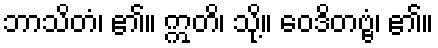
ဘာသိတံ၊ ၏။ ဣတိ၊ သို့။ ဝေဒိတဗ္ဗံ၊ ၏။